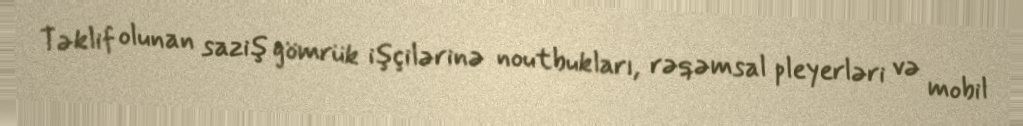
Təklif olunan saziş gömrük işçilərinə noutbukları, rəqəmsal pleyerləri və mobil